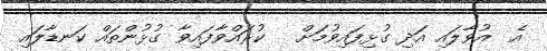
އެ  އުވާލައި އަދި ގުޅިފައިވުމަށް   ކުރައްވާފައިވާ ގުޅުންތައް ކަނޑާލައި